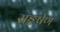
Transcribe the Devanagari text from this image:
सङ्कर्षण